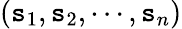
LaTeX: (\mathtt{s}_{1},\mathtt{s}_{2},\cdots,\mathtt{s}_{n})